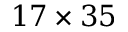
1 7 \times 3 5